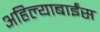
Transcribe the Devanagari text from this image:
अहिल्याबाईंस